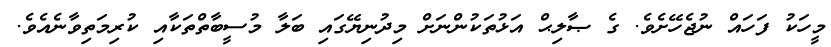
މީހަކު ފަހައް ނުޖެހޭށެވެ. ގެ ޞާލިޙް އަޅުތަކުންނަށް މިދުނިޔޭގައި ބަލާ މުސީބާތްތަކާއި ކުރިމަތިވާނެއެވެ.